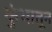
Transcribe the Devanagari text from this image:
कुंभातून